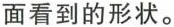
面看到的形状。